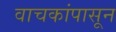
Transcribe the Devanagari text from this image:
वाचकांपासून